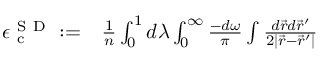
\begin{array} { r l } { \epsilon _ { \mathrm { ~ c ~ } } ^ { { \mathrm { ~ S ~ D ~ } } } : = } & { { } \frac { 1 } { n } \int _ { 0 } ^ { 1 } d \lambda \int _ { 0 } ^ { \infty } \frac { - d \omega } { \pi } \int \frac { d \vec { r } d \vec { r } ^ { \prime } } { 2 | \vec { r } - \vec { r } ^ { \prime } | } } \end{array}